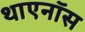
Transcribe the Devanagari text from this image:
थाएनॉस